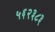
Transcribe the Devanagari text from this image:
५६२३८३